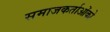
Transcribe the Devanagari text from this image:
समाजकर्ताओंको